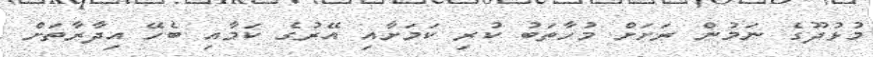
މުޅުދޫގެ ނަމުން ރަށަށް މުހާތަބު ކުރި ކަމަށާއި އޭރުގެ ކަމާއި ބެހޭ އިދާރާތަށް